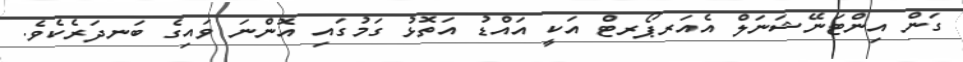
ގަން އިންޓަނޭޝަނަލް އެއަރޕޯރޓް އަކީ އައްޑު އަތޮޅު ގަމުގައި އޮންނަ ވައިގެ ބަނދަރެކެވެ.